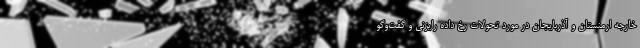
خارجه ارمنستان و آذربایجان در مورد تحولات رخ داده رایزنی و گفت‌وگو